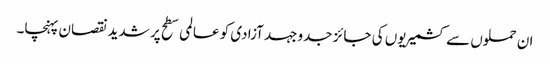
ان حملوں سے کشمیریوں کی جائز جدوجہد آزادی کو عالمی سطح پر شدید نقصان پہنچا۔